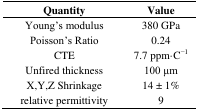
| Quantity | Value |
 | --- | --- |
 | Young's modulus | 380 GPa |
 | Poisson's Ratio | 0.24 |
 | CTE | 7.7 ppm·C−1 |
 | Unfired thickness | 100 μm |
 | X,Y,Z Shrinkage | 14 ± 1% |
 | relative permittivity | 9 |